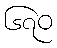
၆၇၀